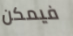
فيمكن